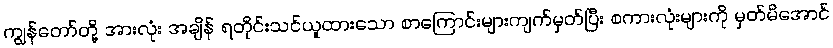
ကျွန်တော်တို့ အားလုံး အချိန် ရတိုင်းသင်ယူထားသော စာကြောင်းများကျက်မှတ်ပြီး စကားလုံးများကို မှတ်မိအောင်